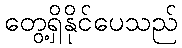
တွေ့ရှိနိုင်ပေသည်